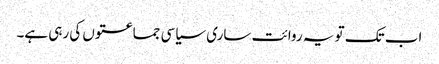
اب تک تو یہ روائت ساری سیاسی جماعتوں کی رہی ہے۔